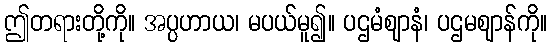
ဤတရားတို့ကို။ အပ္ပဟာယ၊ မပယ်မူ၍။ ပဌမံဈာနံ၊ ပဌမဈာန်ကို။